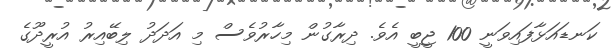
ކަނޑައަޅާފައިވަނީ 100 ޖީބީ އެވެ. ދިރާގުން މިހާރުވެސް މި އަދަދު ލިބޭއިރު އުރީދޫގެ